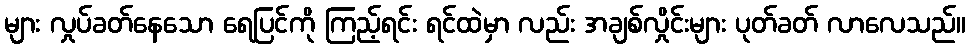
များ လှုပ်ခတ်နေသော ရေပြင်ကို ကြည့်ရင်း ရင်ထဲမှာ လည်း အချစ်လှိုင်းများ ပုတ်ခတ် လာလေသည်။